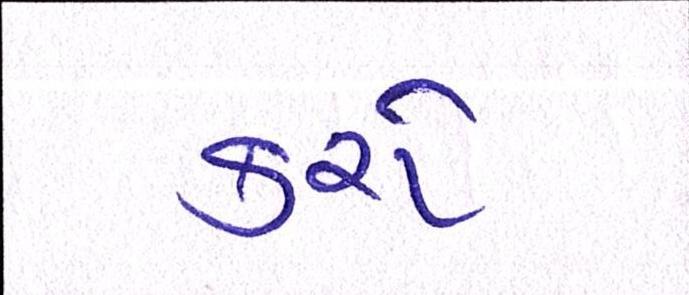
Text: કરો